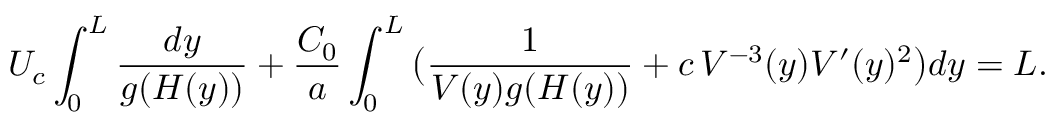
U _ { c } \int _ { 0 } ^ { L } { \frac { d y } { g ( H ( y ) ) } } + \frac { C _ { 0 } } { a } \int _ { 0 } ^ { L } { \bigl ( \frac { 1 } { V ( y ) g ( H ( y ) ) } + c \, V ^ { - 3 } ( y ) V ^ { \prime } ( y ) ^ { 2 } \bigr ) d y } = L .